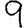
Digit: 9